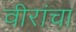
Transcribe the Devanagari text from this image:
वीरांचा